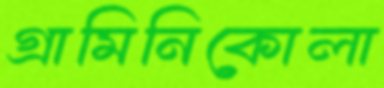
গ্রামিনিকোলা